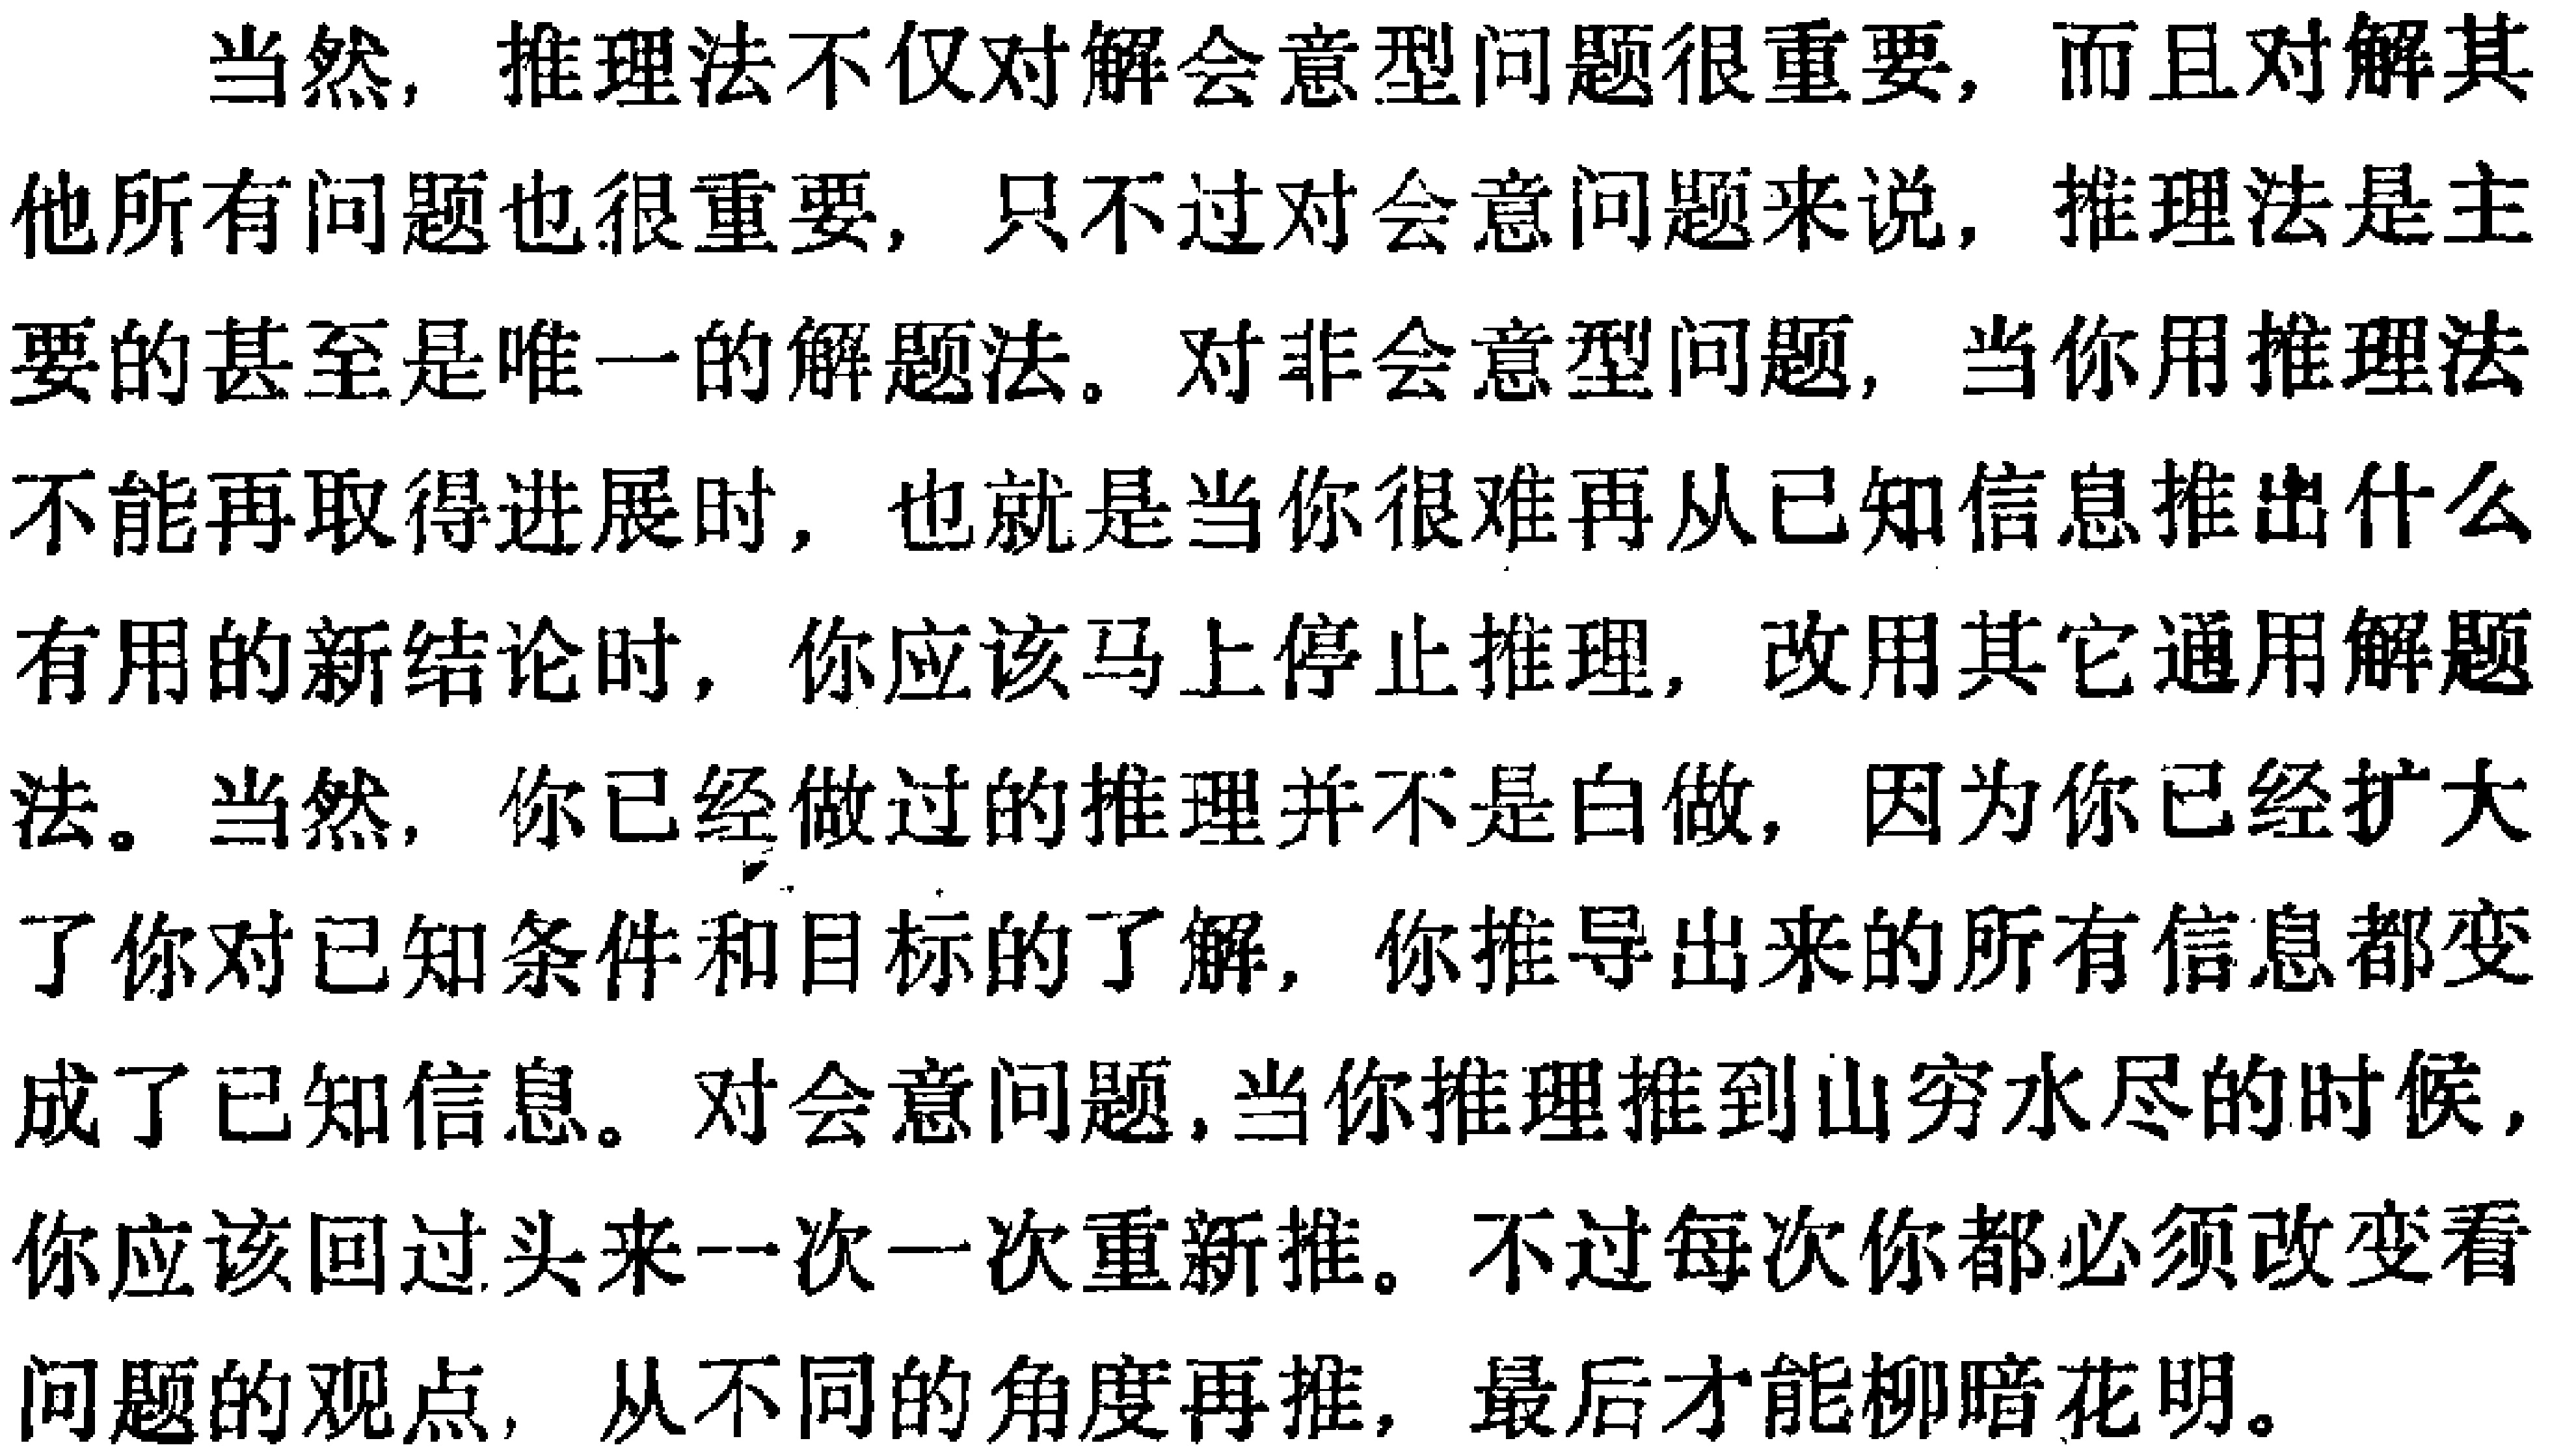
当然，推理法不仅对解会意型问题很重要，而且对解其他所有问题也很重要，只不过对会意问题来说，推理法是主要的甚至是唯一的解题法。对非会意型问题，当你用推理法不能再取得进展时，也就是当你很难再从已知信息推出什么有用的新结论时，你应该马上停止推理，改用其它通用解题法。当然，你已经做过的推理并不是白做，因为你已经扩大了 你对已知条件和目标的了解，你推导出来的所有信息都变成了已知信息。对会意问题,当你推理推到山穷水尽的时候，你应该回过头来一次一次重新推。不过每次你都必须改变看问题的观点，从不同的角度再推，最后才能柳暗花明。